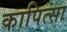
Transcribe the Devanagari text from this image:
कापित्सा